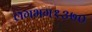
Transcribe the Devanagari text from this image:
लगभग१३७०